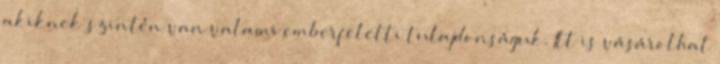
akiknek szintén van valami emberfeletti tulajdonságuk. Itt is vásárolhat